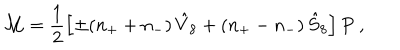
{ \cal M } = \frac { 1 } { 2 } \left[ \pm ( n _ { + } + n _ { - } ) \, \hat { V } _ { 8 } + ( n _ { + } - n _ { - } ) \, \hat { S } _ { 8 } \right] P \ ,